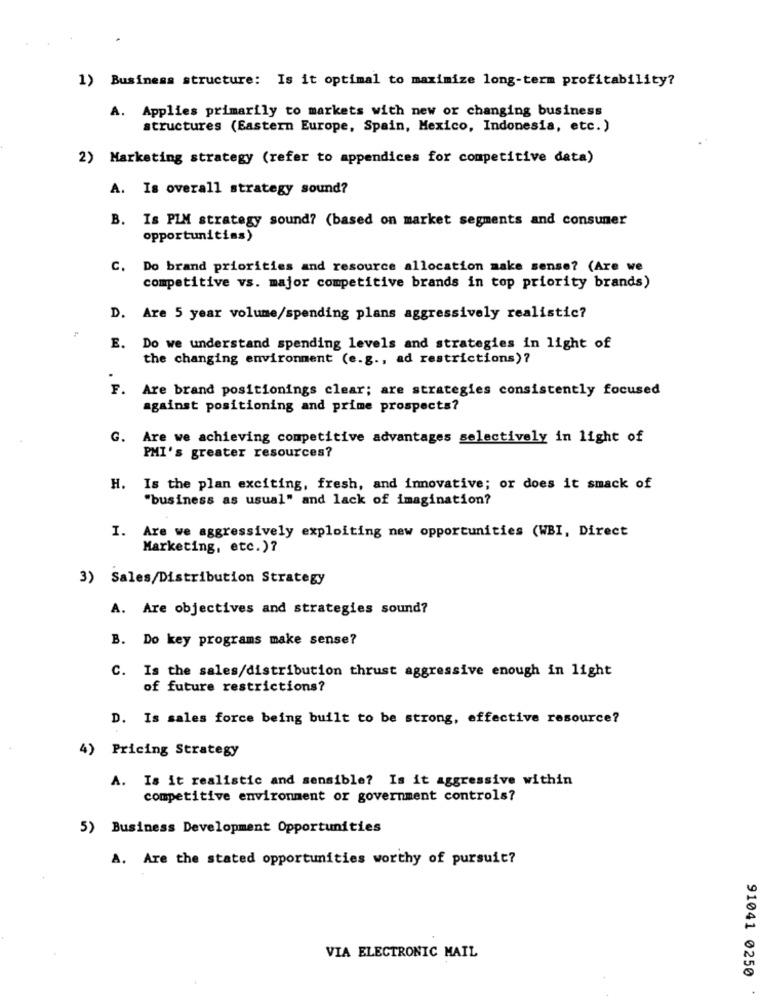
1) Business structure: Is it optimal to maximize long-term profitability?
A. Applies primarily to markets with new or changing business
structures (Eastern Europe, Spain, Mexico, Indonesia, etc.)
2) Marketing strategy (refer to appendices for competitive data)
A. Is overall strategy sound?
B. Is PIM strategy sound? (based on market segments and consumer
opportunities)
C. Do brand priorities and resource allocation make sense? (Are we
competitive vs. major competitive brands in top priority brands)
D. Are 5 year volume/spending plans aggressively realistic?
E. Do we understand spending levels and strategies in light of
the changing environment (e.g ., ad restrictions)?
F. Are brand positionings clear; are strategies consistently focused
against positioning and prime prospects?
G. Are we achieving competitive advantages selectively in light of
PMI's greater resources?
H. Is the plan exciting, fresh, and innovative; or does it smack of
"business as usual" and lack of imagination?
I. Are we aggressively exploiting new opportunities (WBI, Direct
Marketing, etc. )?
3) Sales/Distribution Strategy
A. Are objectives and strategies sound?
B. Do key programs make sense?
C. Is the sales/distribution thrust aggressive enough in light
of future restrictions?
D. Is sales force being built to be strong, effective resource?
4) Pricing Strategy
A. Is it realistic and sensible? Is it aggressive within
competitive environment or government controls?
5) Business Development Opportunities
A. Are the stated opportunities worthy of pursuit?
VIA ELECTRONIC MAIL
91041 0250